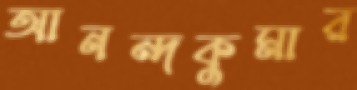
আনন্দকুমার